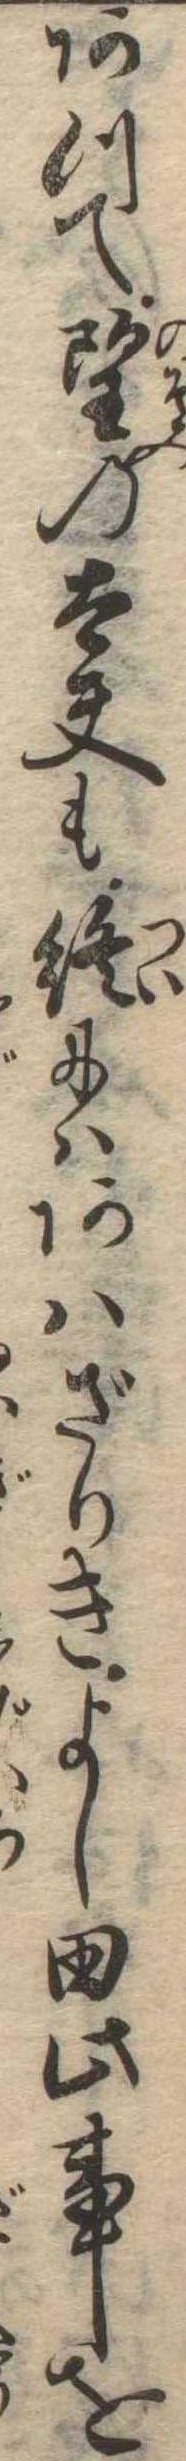
あつて望の太夫も終にはあはざりきよし田此事を